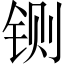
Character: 铡